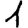
Digit: 1